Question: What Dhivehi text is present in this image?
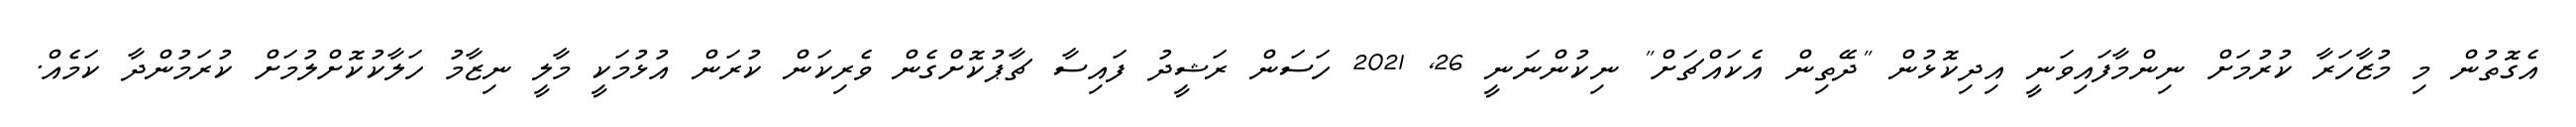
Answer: އެގޮތުން މި މުޒާހަރާ ކުރުމަށް ނިންމާފައިވަނީ އިދިކޮޅުން "ދޭތިން އެކައްޗަށް" ނިކުންނަނީ 26, 2021 ހަސަން ރަޝީދު ފައިސާ ޗާޕުކޮށްގެން ވެރިކަން ކުރަން އުޅުމަކީ މާލީ ނިޒާމު ހަލާކުކޮށްލުމަށް ކުރަމުންދާ ކަމެއް.